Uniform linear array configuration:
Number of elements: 24
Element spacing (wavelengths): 1
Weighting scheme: hann
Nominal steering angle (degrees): -45
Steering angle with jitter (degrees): -46.461
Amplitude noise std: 0.05
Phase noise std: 0.05

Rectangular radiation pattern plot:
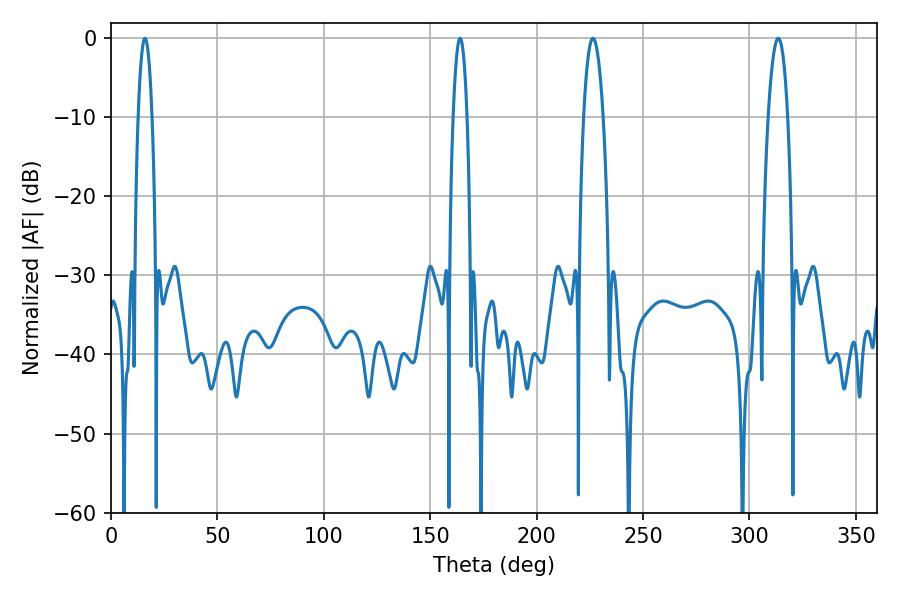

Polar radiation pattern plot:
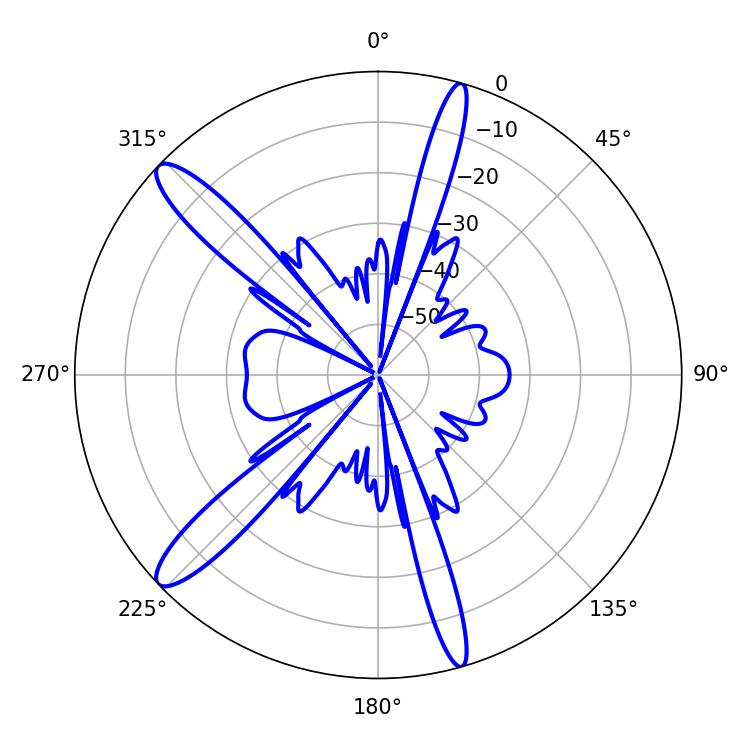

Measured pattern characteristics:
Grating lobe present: TRUE
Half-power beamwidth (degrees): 5.22
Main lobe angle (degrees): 226.44